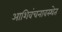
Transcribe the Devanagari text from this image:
आशिवंचनावस्थेत